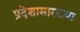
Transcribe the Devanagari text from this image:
प्रदेशासारख्या